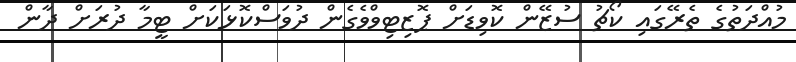
މުއްދަތުގެ ތެރޭގައި ކޯޗު ސުޒޭން ކޮވިޑަށް ޕޮޒިޓިވްވެގެން ދުވަސްކޮޅަކަށް ޓީމާ ދުރަށް ދާން